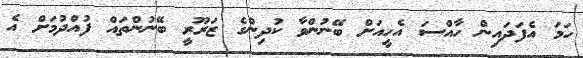
ހަމަ އެފަދައިން ހާއްސަ އެހީއަށް ބޭނުންވާ ކުދިންގެ ޒަރޫރީ ބޭނުންތައް ފުއްދުމަށް އެ